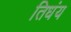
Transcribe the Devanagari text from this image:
तिधंय